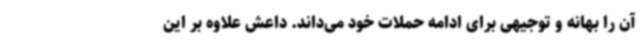
آن را بهانه و توجیهی برای ادامه حملات خود می‌داند. داعش علاوه بر این